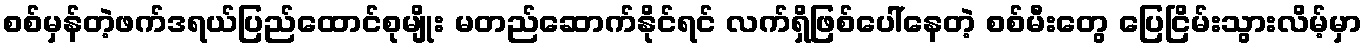
စစ်မှန်တဲ့ဖက်ဒရယ်ပြည်ထောင်စုမျိုး မတည်ဆောက်နိုင်ရင် လက်ရှိဖြစ်ပေါ်နေတဲ့ စစ်မီးတွေ ပြေငြိမ်းသွားလိမ့်မှာ